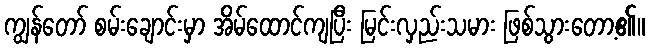
ကျွန်တော် စမ်းချောင်းမှာ အိမ်ထောင်ကျပြီး မြင်းလှည်းသမား ဖြစ်သွားတော့၏။